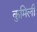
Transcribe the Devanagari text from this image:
कुमिली